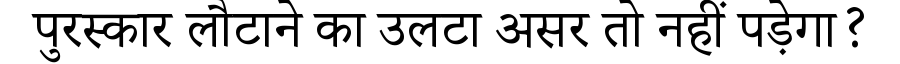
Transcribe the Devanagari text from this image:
पुरस्कार लौटाने का उलटा असर तो नहीं पड़ेगा?